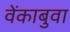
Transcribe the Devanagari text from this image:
वेंकाबुवा